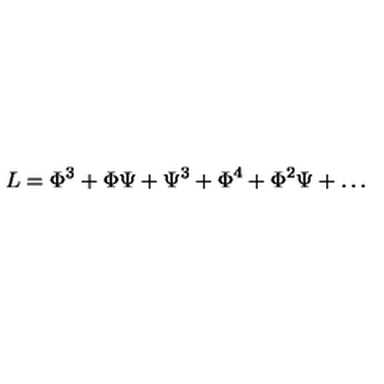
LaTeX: L = \Phi ^ { 3 } + \Phi \Psi + \Psi ^ { 3 } + \Phi ^ { 4 } + \Phi ^ { 2 } \Psi + \dots